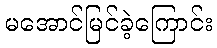
မအောင်မြင်ခဲ့ကြောင်း